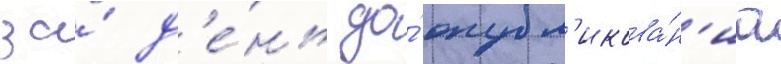
за́ д'е́нь до́ опубл'икова́н'иа